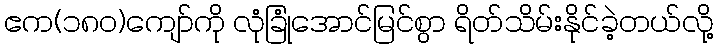
ဧက(၁၈၀)ကျော်ကို လုံခြုံအောင်မြင်စွာ ရိတ်သိမ်းနိုင်ခဲ့တယ်လို့